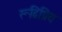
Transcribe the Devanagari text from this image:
रूढिप्रिय